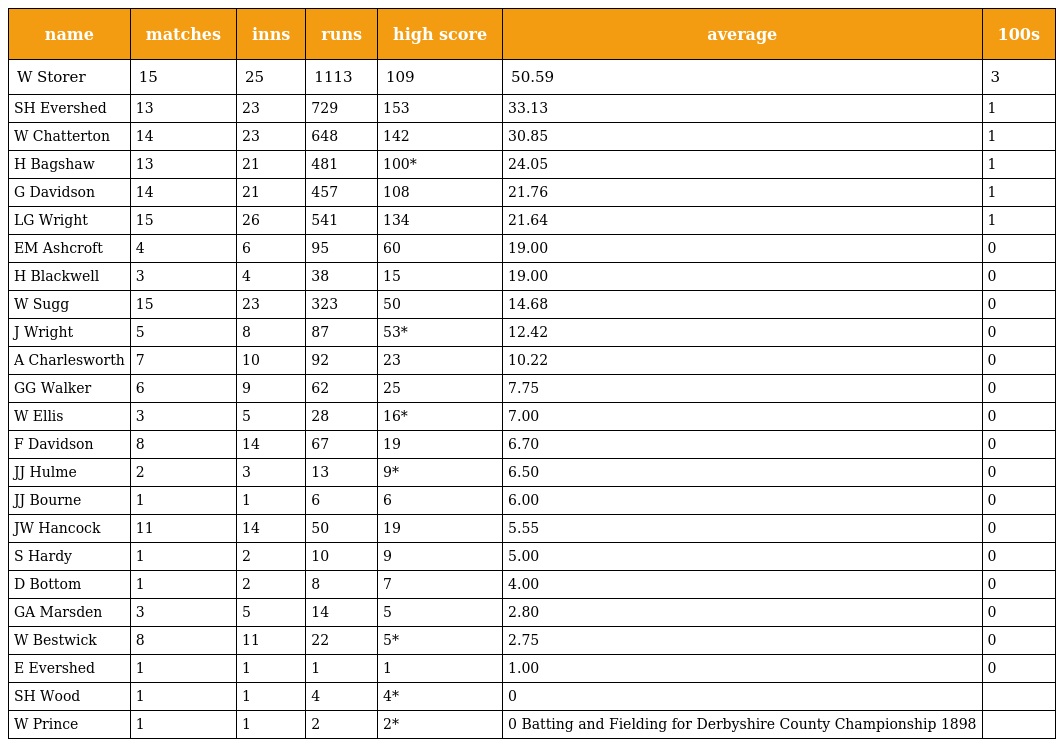
| name | matches | inns | runs | high score | average | 100s |
 | --- | --- | --- | --- | --- | --- | --- |
 | W Storer | 15 | 25 | 1113 | 109 | 50.59 | 3 |
 | SH Evershed | 13 | 23 | 729 | 153 | 33.13 | 1 |
 | W Chatterton | 14 | 23 | 648 | 142 | 30.85 | 1 |
 | H Bagshaw | 13 | 21 | 481 | 100* | 24.05 | 1 |
 | G Davidson | 14 | 21 | 457 | 108 | 21.76 | 1 |
 | LG Wright | 15 | 26 | 541 | 134 | 21.64 | 1 |
 | EM Ashcroft | 4 | 6 | 95 | 60 | 19.00 | 0 |
 | H Blackwell | 3 | 4 | 38 | 15 | 19.00 | 0 |
 | W Sugg | 15 | 23 | 323 | 50 | 14.68 | 0 |
 | J Wright | 5 | 8 | 87 | 53* | 12.42 | 0 |
 | A Charlesworth | 7 | 10 | 92 | 23 | 10.22 | 0 |
 | GG Walker | 6 | 9 | 62 | 25 | 7.75 | 0 |
 | W Ellis | 3 | 5 | 28 | 16* | 7.00 | 0 |
 | F Davidson | 8 | 14 | 67 | 19 | 6.70 | 0 |
 | JJ Hulme | 2 | 3 | 13 | 9* | 6.50 | 0 |
 | JJ Bourne | 1 | 1 | 6 | 6 | 6.00 | 0 |
 | JW Hancock | 11 | 14 | 50 | 19 | 5.55 | 0 |
 | S Hardy | 1 | 2 | 10 | 9 | 5.00 | 0 |
 | D Bottom | 1 | 2 | 8 | 7 | 4.00 | 0 |
 | GA Marsden | 3 | 5 | 14 | 5 | 2.80 | 0 |
 | W Bestwick | 8 | 11 | 22 | 5* | 2.75 | 0 |
 | E Evershed | 1 | 1 | 1 | 1 | 1.00 | 0 |
 | SH Wood | 1 | 1 | 4 | 4* | 0 |  |
 | W Prince | 1 | 1 | 2 | 2* | 0 Batting and Fielding for Derbyshire County Championship 1898 |  |